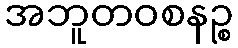
အဘူတဝစနဉ္စ